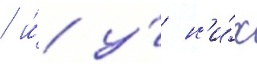
/ и́ у́ н'и́х